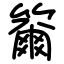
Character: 籋